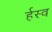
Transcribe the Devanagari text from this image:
र्हस्व